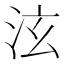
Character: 泫